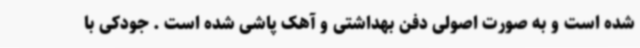
شده است و به صورت اصولی دفن بهداشتی و آهک پاشی شده است . جودکی با